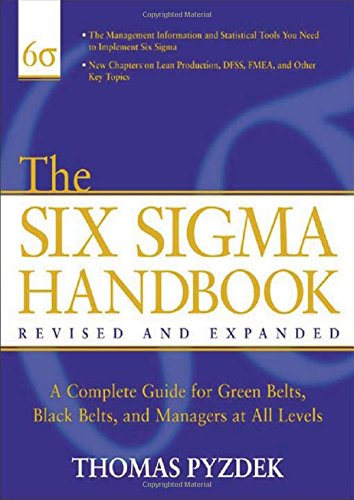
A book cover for The Six Sigma Handbook: The Complete Guide for Greenbelts, Blackbelts, and Managers at All Levels, Revised and Expanded Edition; Thomas Pyzdek; Business & Money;